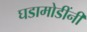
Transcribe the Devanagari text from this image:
घडामोडींनी